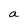
Character: a